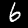
Label: 6